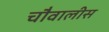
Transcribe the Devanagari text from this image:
चौवालीस